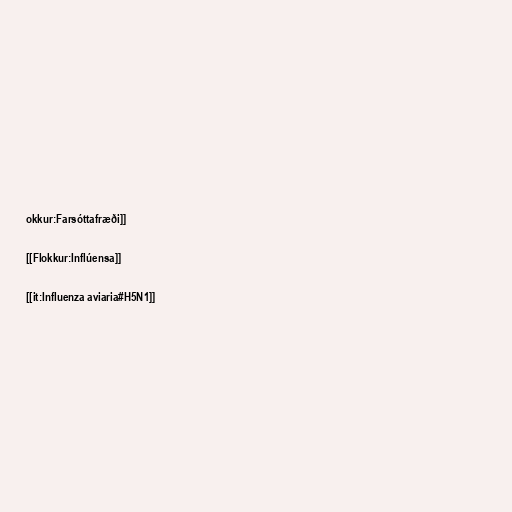
okkur:Farsóttafræði]]

[[Flokkur:Inflúensa]]

[[it:Influenza aviaria#H5N1]]